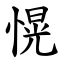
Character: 愰